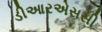
ડીઆરએસસી